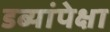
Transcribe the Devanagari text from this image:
डब्यांपेक्षा